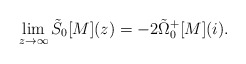
\begin{align*} \lim\limits_{z \rightarrow \infty} \tilde{S}_{0}[M](z) = - 2 \tilde{\Omega}_{0}^{+}[M](i).\end{align*}